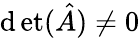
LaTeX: \operatorname*{\mathrm{d}et}({\hat{{A}}})\neq0